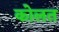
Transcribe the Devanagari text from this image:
कोलत